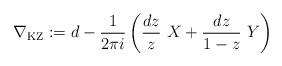
LaTeX: \begin{align*}\nabla_\mathrm{KZ}:=d-\frac{1}{2\pi i} \left( \frac{dz}{z}\ X +\frac{dz}{1-z}\ Y \right)\end{align*}